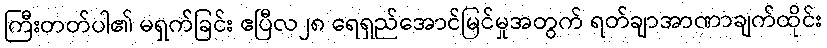
ကြီးတတ်ပါ၏ မရှက်ခြင်း ဧပြီလ၂၈ ရေရှည်အောင်မြင်မှုအတွက် ရတ်ချာအာဏာချက်ထိုင်း